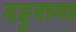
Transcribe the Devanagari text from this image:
दहुराया